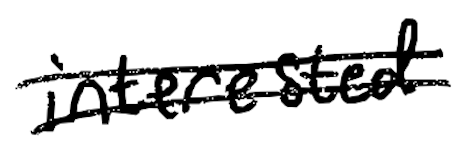
Text: interested
Cross-out: double-line
Writing tool: digital_black